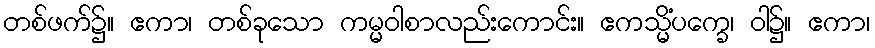
တစ်ဖက်၌။ ဧကာ၊ တစ်ခုသော ကမ္မဝါစာလည်းကောင်း။ ဧကသ္မိံပက္ခေ၊ ဝါ၌။ ဧကာ၊